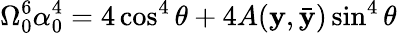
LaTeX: \Omega_{0}^{6}\alpha_{0}^{4}=4\cos^{4}\theta+4A(\mathbf{y},\bar{{\mathbf{y}}})\sin^{4}\theta